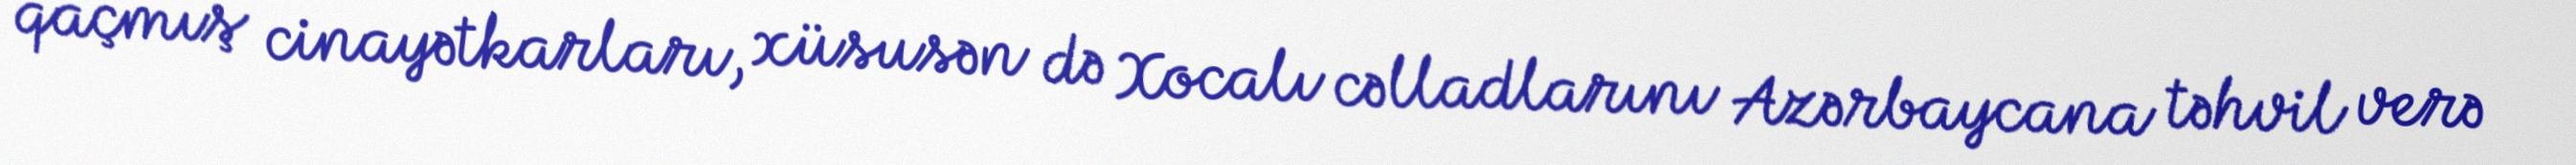
qaçmış cinayətkarları, xüsusən də Xocalı cəlladlarını Azərbaycana təhvil verə